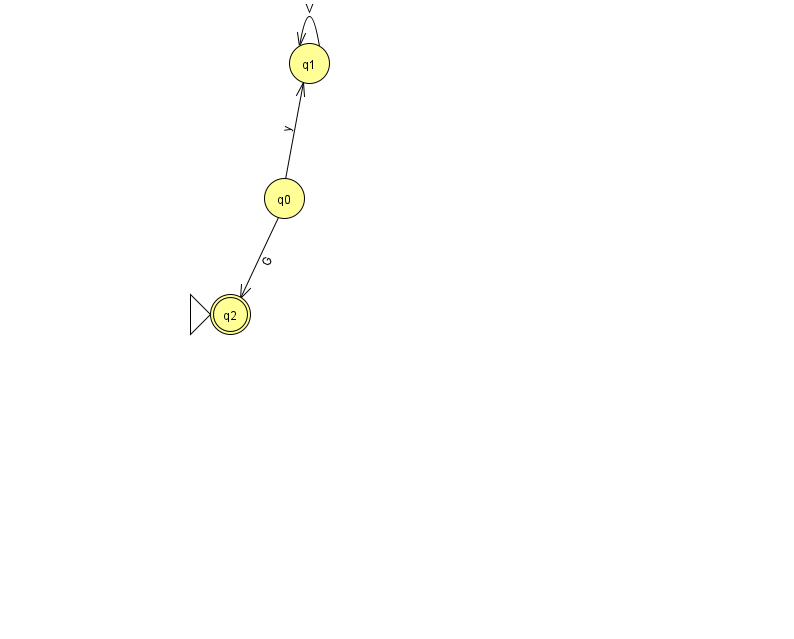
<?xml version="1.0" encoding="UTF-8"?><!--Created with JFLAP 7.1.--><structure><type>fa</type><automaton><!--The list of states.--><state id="0" name="q0"><x>284.0</x><y>185.0</y></state><state id="1" name="q1"><x>309.0</x><y>50.0</y></state><state id="2" name="q2"><x>230.0</x><y>301.0</y><initial/><final/></state><!--The list of transitions.--><transition><from>0</from><to>2</to><read>G</read></transition><transition><from>1</from><to>1</to><read>V</read></transition><transition><from>0</from><to>1</to><read>y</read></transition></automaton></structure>